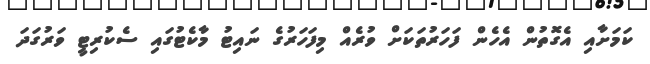
ކަމަށާއި އެގޮތުން އެހެން ފަހަރުތަކަށް ވުރެއް މިފަހަރުގެ ނައިޓު މާކެޓުގައި ސެކުރިޓީ ވަރުގަދަ